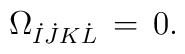
\Omega_{ \dot I\dot J K\dot L}\, =\, 0.